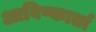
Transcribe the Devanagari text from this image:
आविष्कार्ता